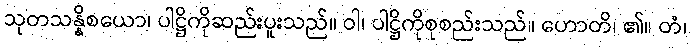
သုတသန္နိစယော၊ ပါဋ္ဌိကိုဆည်းပူးသည်။ ဝါ၊ ပါဋ္ဌိကိုစုစည်းသည်။ ဟောတိ၊ ၏။ တံ၊